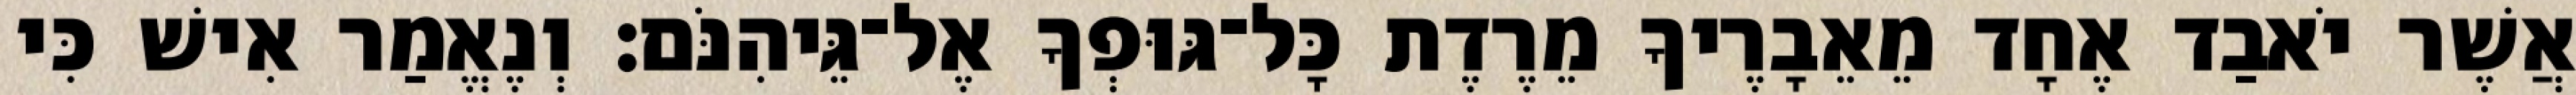
אֲשֶׁר יֹאבַד אֶחָד מֵאֵבָרֶיךָ מֵרֶדֶת כָּל־גּוּפְךָ אֶל־גֵּיהִנֹּם׃ וְנֶאֱמַר אִישׁ כִּי